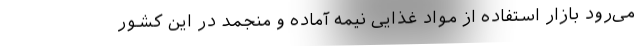
می‌رود بازار استفاده از مواد غذایی نیمه آماده و منجمد در این کشور